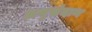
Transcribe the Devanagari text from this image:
अनुसंदान